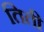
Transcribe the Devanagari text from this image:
तिती